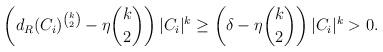
LaTeX: \begin{align*}\left( d_R(C_i)^{\binom k2} -\eta \binom k2 \right) |C_i|^k &\geq \left( \delta- \eta \binom k2 \right) |C_i|^k>0.\end{align*}